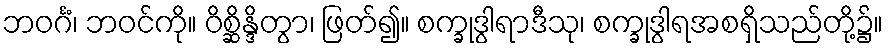
ဘဝင်္ဂံ၊ ဘဝင်ကို။ ဝိစ္ဆိန္ဒိတွာ၊ ဖြတ်၍။ စက္ခုဒွါရာဒီသု၊ စက္ခုဒွါရအစရှိသည်တို့၌။